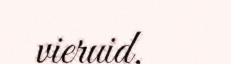
vieruid,